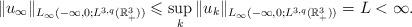
LaTeX: \begin{align*}\|u_{\infty}\|_{L_{\infty}(-\infty,0; L^{3,q}(\mathbb{R}^{3}_{+}))}\leqslant \sup_{k}\|u_{k}\|_{L_{\infty}(-\infty,0; L^{3,q}(\mathbb{R}^{3}_{+}))}=L<\infty.\end{align*}